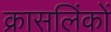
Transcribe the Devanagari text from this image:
क्रासलिंकों